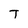
Character: T